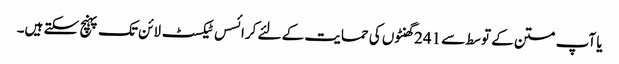
یا آپ متن کے توسط سے 241 گھنٹوں کی حمایت کے لئے کرائسس ٹیکسٹ لائن تک پہنچ سکتے ہیں۔